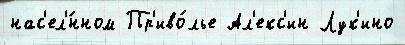
нас'ел'́нном Пр'иво́лье Ал'екс'ин Лук'ино